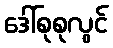
ဒေါ်စုစုလွင်